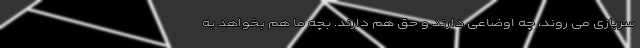
سربازی می روند، چه اوضاعی دارند و حق هم دارند. بچه ما هم بخواهد به